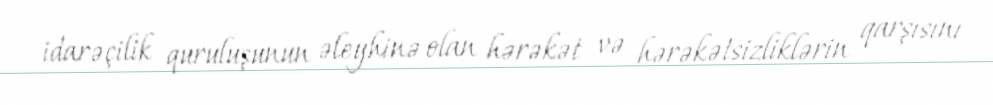
idarəçilik quruluşunun əleyhinə olan hərəkət və hərəkətsizliklərin qarşısını